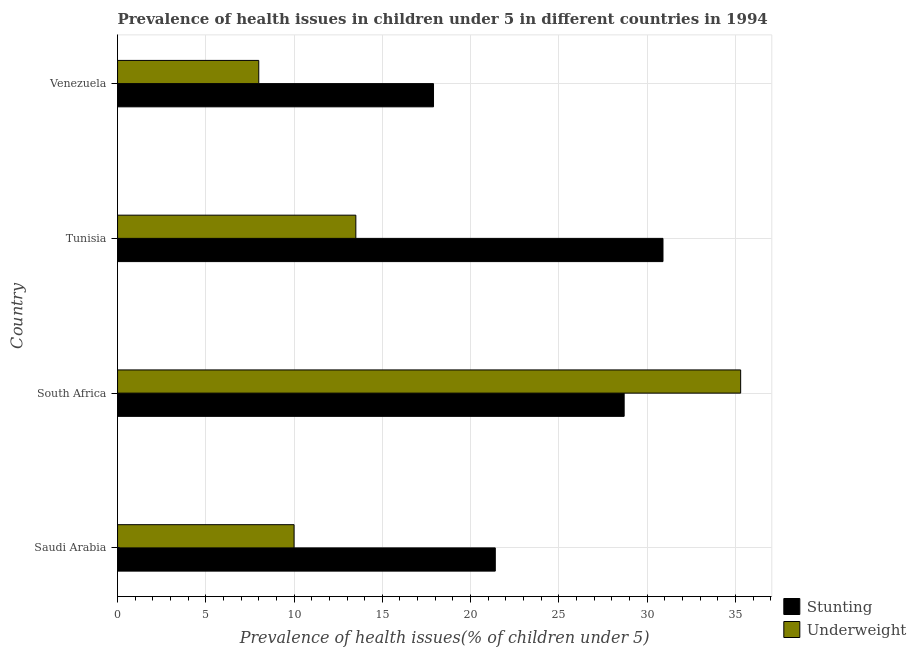
| Country | Stunting | Underweight |
 | --- | --- | --- |
 | Saudi Arabia | 21.4 | 10 |
 | South Africa | 28.7 | 35.3 |
 | Tunisia | 30.9 | 13.5 |
 | Venezuela | 17.9 | 8 |